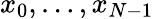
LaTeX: x_{0},\ldots,x_{N-1}